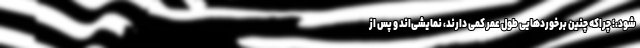
شود،؛ چراکه چنین برخوردهایی طول عمر کمی دارند، نمایشی‌اند و پس از